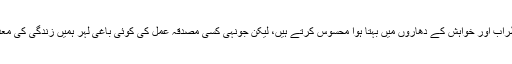
جب تک اس سے آنکھیں چرائے پھرتے ہیں، ہم خود کو ملال ، حسرت،اضطراب اور خواہش کے دھاروں میں بہتا ہوا محسوس کرتے ہیں، لیکن جونہی کسی مصدقہ عمل کی کوئی باغی لہر ہمیں زندگی کی معدومیت میں دھکیل دیتی ہےتو ہم ایک تخلیقی اداسی سے سرشار ہو جاتے ہیں۔